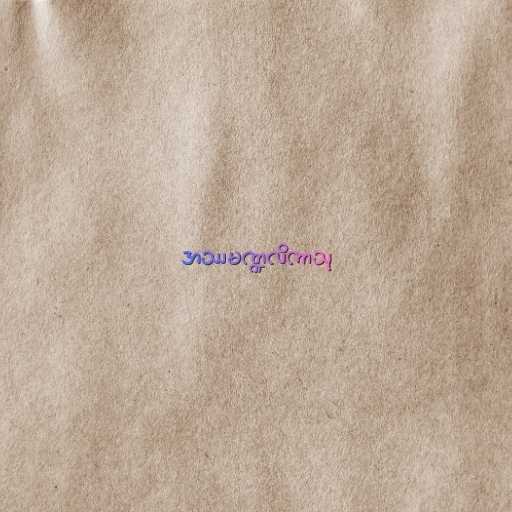
အဿမဏ္ဍလိကာသု